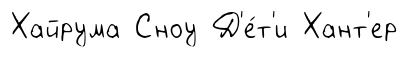
Хайрума Сноу Д'е́т'и Хант'ер